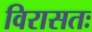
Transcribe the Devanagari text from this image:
विरासतः